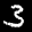
Label: 3